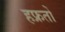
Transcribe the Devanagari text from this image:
हफ्रतों